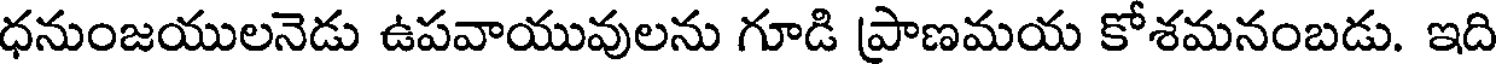
ధనుంజయులనెడు ఉపవాయువులను గూడి ప్రాణమయ కోశమనంబడు. ఇది